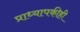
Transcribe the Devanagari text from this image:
प्राध्यापकीही